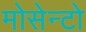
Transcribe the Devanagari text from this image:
मोसेन्टो